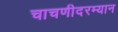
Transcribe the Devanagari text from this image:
चाचणीदरम्यान